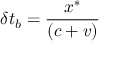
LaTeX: \delta t _ { b } = { \frac { x ^ { \ast } } { \left( c + v \right) } }